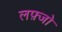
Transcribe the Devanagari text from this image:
लफ़्जो